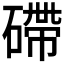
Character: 𥕧